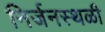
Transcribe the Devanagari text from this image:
निर्जनस्थळी